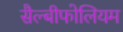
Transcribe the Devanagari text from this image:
सैल्बीफोलियम